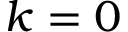
k = 0